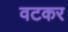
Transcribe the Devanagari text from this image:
वटकर